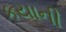
કયાની